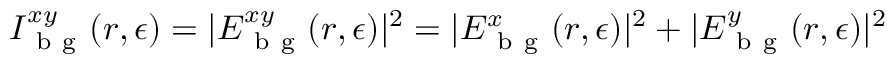
I _ { \mathrm { ~ b ~ g ~ } } ^ { x y } ( \boldsymbol { r } , \epsilon ) = | E _ { \mathrm { ~ b ~ g ~ } } ^ { x y } ( \boldsymbol { r } , \epsilon ) | ^ { 2 } = | E _ { \mathrm { ~ b ~ g ~ } } ^ { x } ( \boldsymbol { r } , \epsilon ) | ^ { 2 } + | E _ { \mathrm { ~ b ~ g ~ } } ^ { y } ( \boldsymbol { r } , \epsilon ) | ^ { 2 }